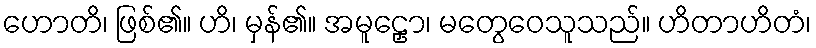
ဟောတိ၊ ဖြစ်၏။ ဟိ၊ မှန်၏။ အမူဠှော၊ မတွေဝေသူသည်။ ဟိတာဟိတံ၊